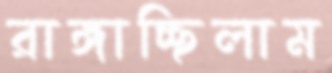
রাঙ্গাচ্ছিলাম